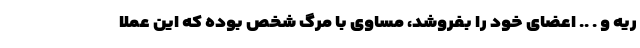
ریه و . .. اعضای خود را بفروشد، مساوی با مرگ شخص بوده که این عملا